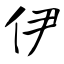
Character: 伊